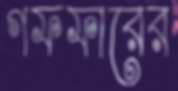
গফফারের